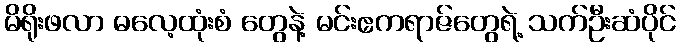
မိရိုးဖလာ ဓလေ့ထုံးစံ တွေနဲ့ မင်းဧကရာဇ်တွေရဲ့ သက်ဦးဆံပိုင်